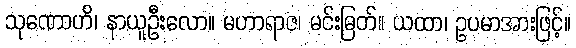
သုဏောဟိ၊ နာယူဦးလော။ မဟာရာဇ၊ မင်းမြတ်။ ယထာ၊ ဥပမာအားဖြင့်။